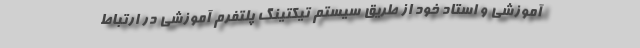
آموزشی و استاد خود از طریق سیستم تیکتینگ پلتفرم آموزشی در ارتباط